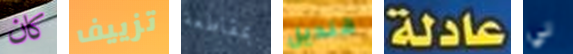
كان تزييف بمقاطعة قنديل عادلة لي